Vaccination in the Punjab 1883-1896 - 1883-1896
Year: 1883
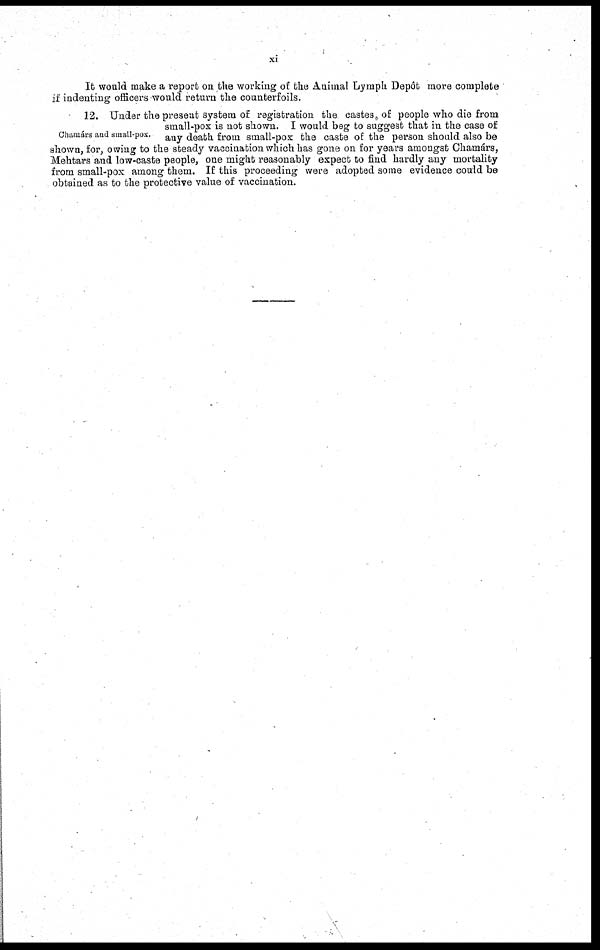
xi
It would make a report on the working of the Animal Lymph Depôt more complete
if indenting officers would return the counterfoils.
Chamárs and small-pox.
12. Under the present system of registration the castes of people who die from
small-pox is not shown. I would beg to suggest that in the case of
any death from small-pox the caste of the person should also be
shown, for, owing to the steady vaccination which has gone on for years amongst Chamárs,
Mehtars and low-caste people, one might reasonably expect to find hardly any mortality
from small-pox among them. If this proceeding were adopted some evidence could be
obtained as to the protective value of vaccination.